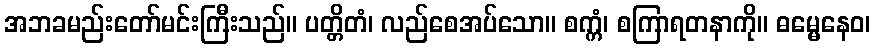
အဘခမည်းတော်မင်းကြီးသည်။ ပတ္တိတံ၊ လည်စေအပ်သော။ စက္ကံ၊ စကြာရတနာကို။ ဓမ္မေနေဝ၊